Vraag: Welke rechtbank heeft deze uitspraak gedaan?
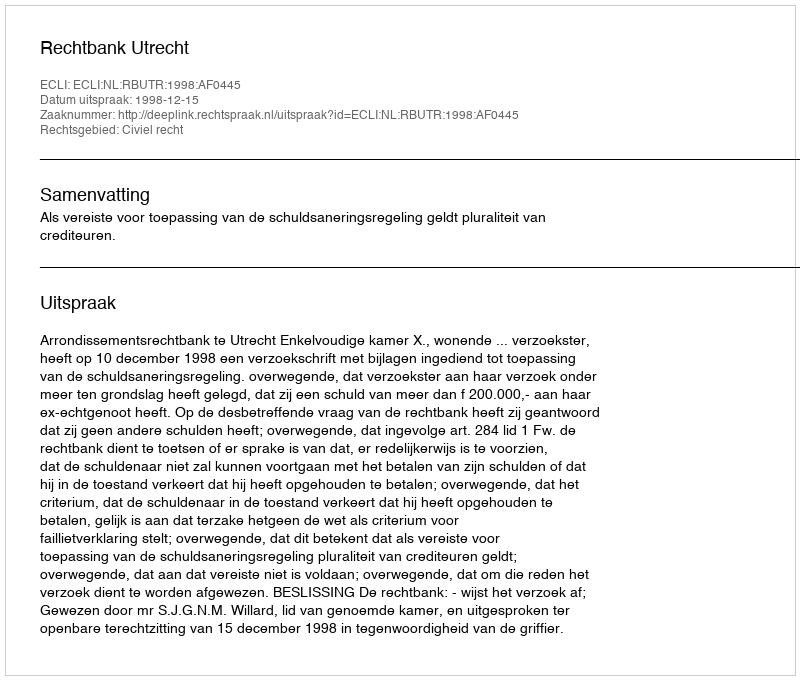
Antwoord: Rechtbank Utrecht